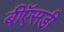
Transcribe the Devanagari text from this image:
बीऍसडी